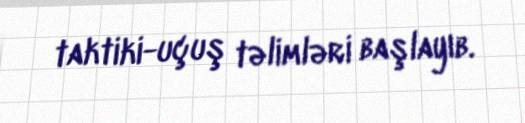
taktiki-uçuş təlimləri başlayıb.